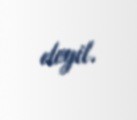
deyil.